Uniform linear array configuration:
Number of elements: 48
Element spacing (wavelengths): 1
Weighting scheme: cosine
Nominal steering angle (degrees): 45
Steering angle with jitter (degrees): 44.534
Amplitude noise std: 0.05
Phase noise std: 0.05

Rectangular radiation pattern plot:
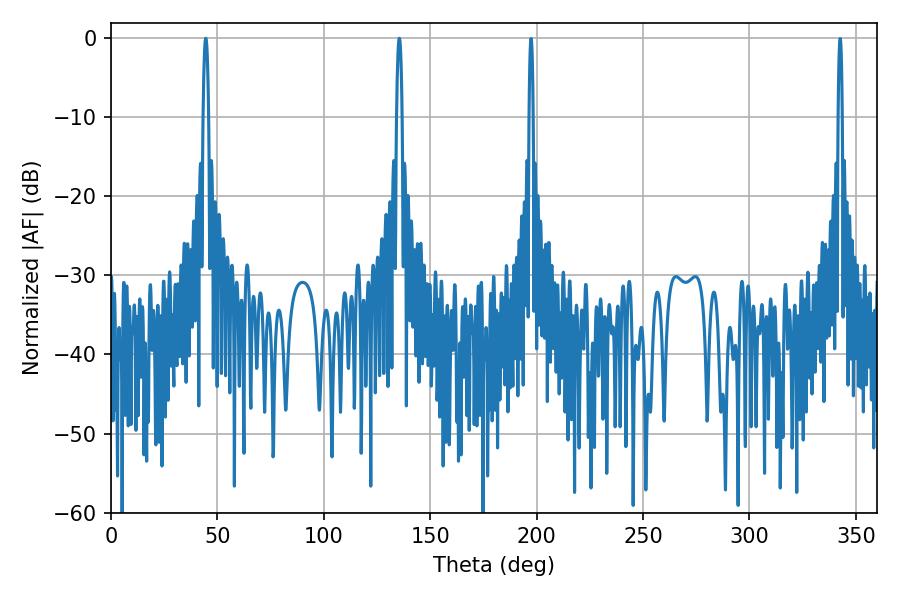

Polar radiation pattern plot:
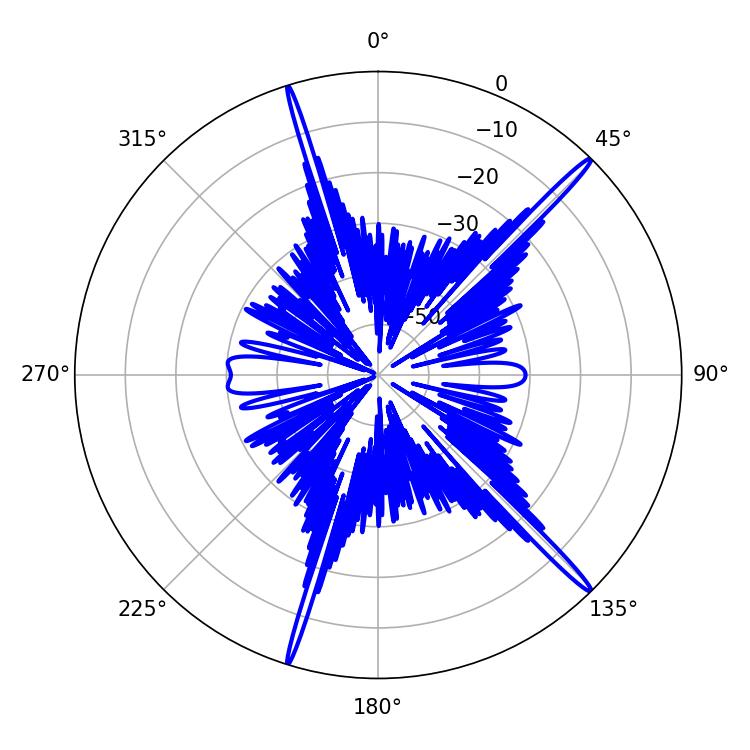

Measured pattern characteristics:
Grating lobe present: TRUE
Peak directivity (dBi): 18.51
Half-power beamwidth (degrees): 1.26
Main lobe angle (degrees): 44.46